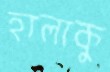
হালাকু